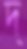
দ্